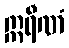
ဣရီဏံ